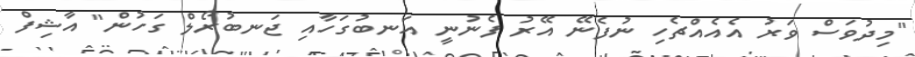
"މިދުވަސް ވަރު އެއެއްޗެހި ނުފެނޭ އޭރު ފެނުނީ އަނބުގަހާއި ޖަނބުރޯލް ގަހުން" އާޝިފް